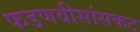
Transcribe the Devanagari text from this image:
फडणवीसांसकट